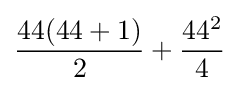
{\frac {44(44+1)}{2}}+{\frac {44^{2}}{4}}